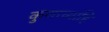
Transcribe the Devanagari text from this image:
कुणाच्याहि